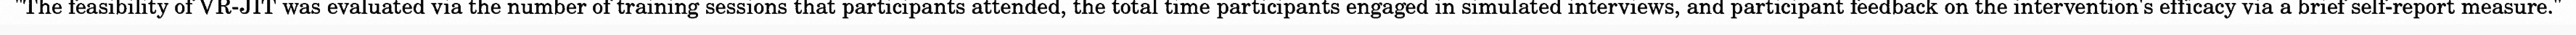
"The feasibility of VR-JIT was evaluated via the number of training sessions that participants attended, the total time participants engaged in simulated interviews, and participant feedback on the intervention's efficacy via a brief self-report measure."